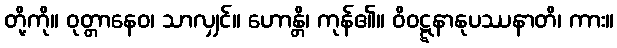
တို့ကို။ ဝုတ္တာနေဝ၊ သာလျှင်။ ဟောန္တိ၊ ကုန်၏။ ဝိဝဋ္ဋနာနုပဿနာတိ၊ ကား။